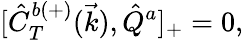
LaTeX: {[}\hat{C}_{T}^{b(+)}(\vec{k}),\hat{Q}^{a}]_{+}=0,